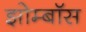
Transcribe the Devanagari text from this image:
झोम्बॉस